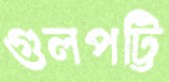
গুলপট্টি